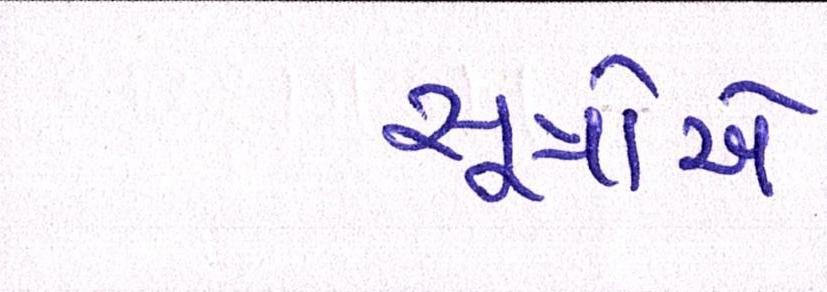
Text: સૂત્રોએ